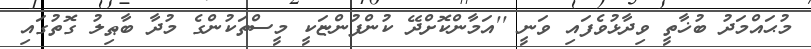
މުޙައްމަދު ބުޚާތީ ވިދާޅުވެފައި ވަނީ ''އަމާންކޮށްދޭ ކުންފުންޏަކީ މީސްތަކުންގެ މުދާ ބާޠިލު ގޮތުގައި